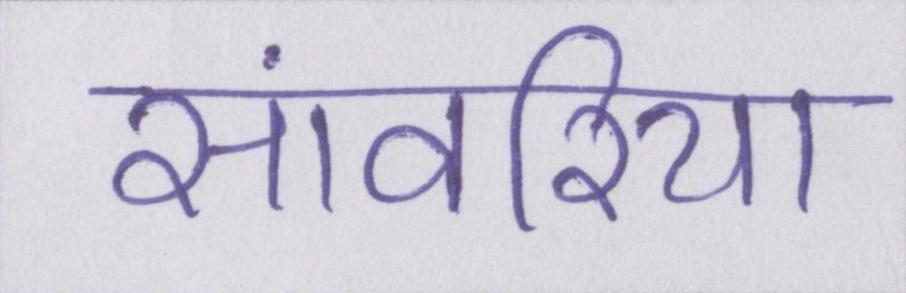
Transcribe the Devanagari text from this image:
सांवरिया